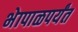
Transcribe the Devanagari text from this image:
भेापाळपर्यंत